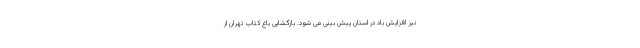
نیز افزایش باد در استان پیش بینی می شود. بازگشایی باغ کتاب تهران از